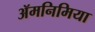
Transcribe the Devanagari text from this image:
ॲमनिमिया